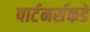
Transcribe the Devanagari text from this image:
पार्टनर्सकडे